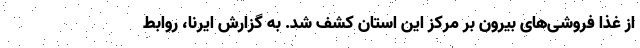
از غذا فروشی‌های بیرون بر مرکز این استان کشف شد. به گزارش ایرنا، روابط